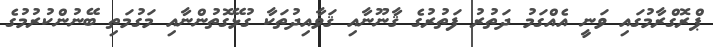
ޕްރޮގްރާމުގައި ވަނީ އެއްގަމު ދަތުރު ފަތުރުގެ ޤާނޫނާއި ޤަވާއިދުތަކާ ގުޅޭގޮތުންނާއި މަގުމަތި ބޭނުންކުރުމުގެ